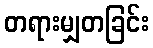
တရားမျှတခြင်း